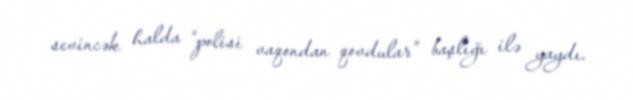
sevincək halda “polisi vaqondan qovdular” başlığı ilə yaydı.